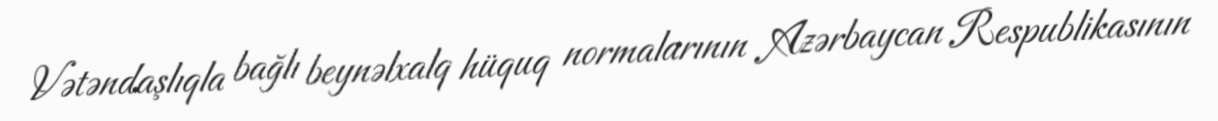
Vətəndaşlıqla bağlı beynəlxalq hüquq normalarının Azərbaycan Respublikasının